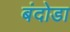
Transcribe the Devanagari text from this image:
बंदोडा